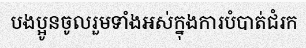
បងប្អូនចូលរួមទាំងអស់ក្នុងការបំបាត់ជំរក